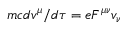
m c d v ^ { \mu } / d \tau = e F ^ { \mu \nu } v _ { \nu }